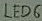
Text: LED6